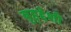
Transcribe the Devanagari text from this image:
बृह्द्देशी